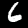
Label: 6